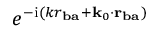
e ^ { - \mathrm { i } ( k r _ { \mathbf { b a } } + \mathbf { k } _ { 0 } \cdot \mathbf { r } _ { \mathbf { b a } } ) }